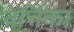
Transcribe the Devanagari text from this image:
वर्त्तिका